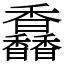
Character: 馫